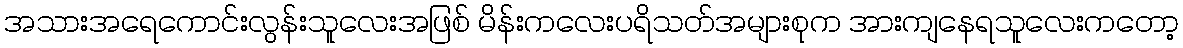
အသားအရေကောင်းလွန်းသူလေးအဖြစ် မိန်းကလေးပရိသတ်အများစုက အားကျနေရသူလေးကတော့